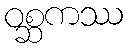
ဝစ္ဆကဿ